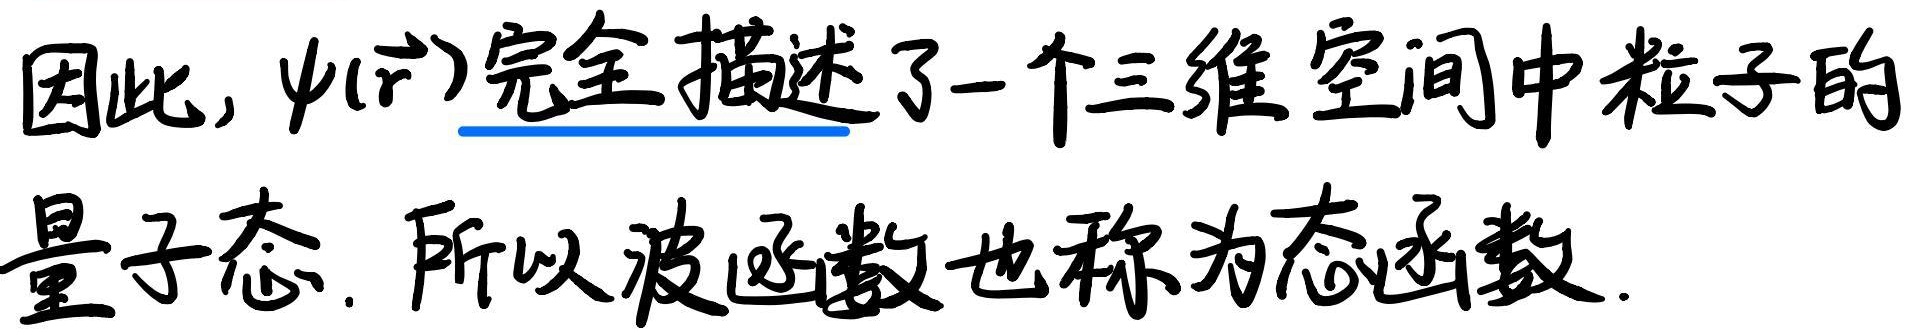
因此, $\psi(\vec{r})$完全描述了一个三维空间中粒子的
量子态. 所以波函数也称为态函数.